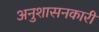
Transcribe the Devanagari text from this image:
अनुशासनकारी